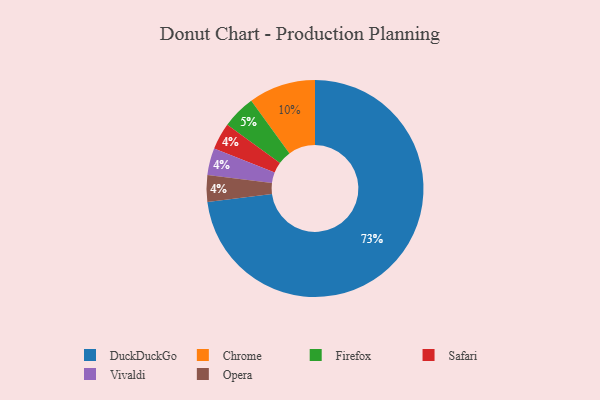
{"axis": {"x": "Category", "y": "Percentage"}, "legend": ["Chrome", "DuckDuckGo", "Firefox", "Opera", "Safari", "Vivaldi"], "data": [{"x": "Firefox", "y": 5, "type": "Firefox"}, {"x": "DuckDuckGo", "y": 73, "type": "DuckDuckGo"}, {"x": "Safari", "y": 4, "type": "Safari"}, {"x": "Vivaldi", "y": 4, "type": "Vivaldi"}, {"x": "Opera", "y": 4, "type": "Opera"}, {"x": "Chrome", "y": 10, "type": "Chrome"}]}